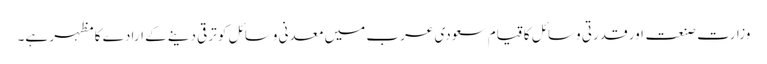
وزارتِ صنعت اور قدرتی وسائل کا قیام سعودی عرب میں معدنی وسائل کو ترقی دینے کے ارادے کا مظہر ہے۔